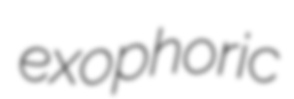
exophoric